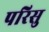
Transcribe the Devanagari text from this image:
परिसु